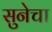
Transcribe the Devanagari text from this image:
सुनेचा